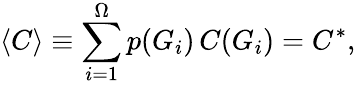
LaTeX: \langle C\rangle\equiv\sum_{i=1}^{\Omega}p(G_{i})\, C(G_{i})=C^{*},